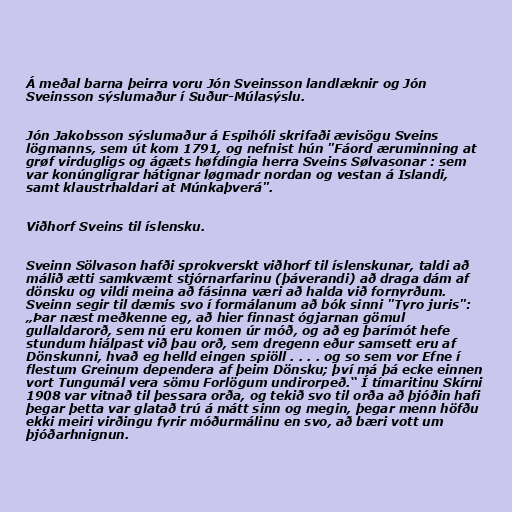
Á meðal barna þeirra voru Jón Sveinsson landlæknir og Jón
Sveinsson sýslumaður í Suður-Múlasýslu.

Jón Jakobsson sýslumaður á Espihóli skrifaði ævisögu Sveins
lögmanns, sem út kom 1791, og nefnist hún "Fáord æruminning at
grøf virdugligs og ágæts høfdíngia herra Sveins Sølvasonar : sem
var konúngligrar hátignar løgmadr nordan og vestan á Islandi,
samt klaustrhaldari at Múnkaþverá".

Viðhorf Sveins til íslensku.

Sveinn Sölvason hafði sprokverskt viðhorf til íslenskunar, taldi að
málið ætti samkvæmt stjórnarfarinu (þáverandi) að draga dám af
dönsku og vildi meina að fásinna væri að halda við fornyrðum.
Sveinn segir til dæmis svo í formálanum að bók sinni "Tyro juris":
„Þar næst meðkenne eg, að hier finnast ógjarnan gömul
gullaldarorð, sem nú eru komen úr móð, og að eg þarímót hefe
stundum hiálpast við þau orð, sem dregenn eður samsett eru af
Dönskunni, hvað eg helld eingen spiöll . . . . og so sem vor Efne í
flestum Greinum dependera af þeim Dönsku; því má þá ecke einnen
vort Tungumál vera sömu Forlögum undirorpeð.“ Í tímaritinu Skírni
1908 var vitnað til þessara orða, og tekið svo til orða að þjóðin hafi
þegar þetta var glatað trú á mátt sinn og megin, þegar menn höfðu
ekki meiri virðingu fyrir móðurmálinu en svo, að bæri vott um
þjóðarhnignun.